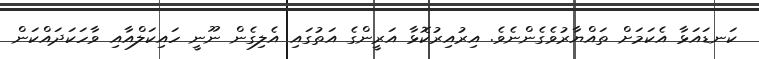
ކަނޑައަޅާ އެކަމަށް ތައްޔާރުވެގެންނެވެ. އިރުއިރުކޮޅާ އަރީންގެ އަތުގައި އެލިގެން ނޫނީ ހައިކަލްއާއި ވާހަކަދައްކަން